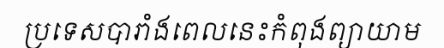
ប្រទេសបារាំងពេលនេះកំពុងព្យាយាម